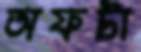
অফটা